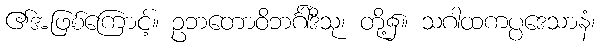
၏အဖြစ်ကြောင့်။ ဥဘတောဝိဘင်္ဂါဒီသု၊ တို့၌။ သဂါထကပ္ပဒေသာနံ၊